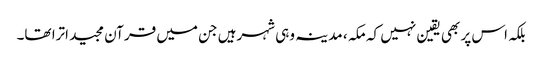
بلکہ اس پر بھی یقین نہیں کہ مکہ ، مدینہ وہی شہرہیں جن میں قرآن مجید اترا تھا۔